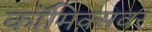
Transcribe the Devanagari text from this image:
कॉमिक्सवर